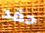
حقد